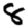
Digit: 8